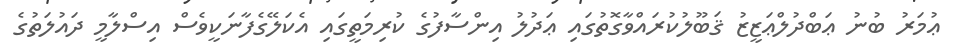
ޢުމަރު ބުނު ޢަބްދުލްޢަޒީޒު ޤަބޫލުކުރައްވާގޮތުގައި ޢަދުލު އިންސާފުގެ ކުރިމަތީގައި އެކަލޭގެފާނަކީވެސް އިސްލާމީ ދައުލަތުގެ